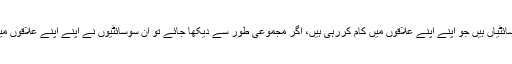
ملک میں مسلمانوں کی مختلف سوسائٹیاں ہیں جو اپنے اپنے علاقوں میں کام کررہی ہیں، اگر مجموعی طور سے دیکھا جائے تو ان سوسائٹیوں نے اپنے اپنے علاقوں میں بڑی بڑی خدمات انجام دی ہیں ۔